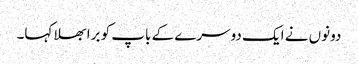
دونوں نے ایک دوسرے کے باپ کو برا بھلا کہا۔